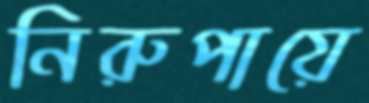
নিরুপায়ে